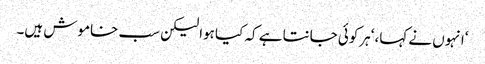
‘انہوں نے کہا، ‘ہرکوئی جانتا ہے کہ کیا ہوا لیکن سب خاموش ہیں۔